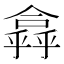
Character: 𠏸